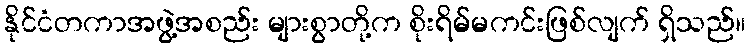
နိုင်ငံတကာအဖွဲ့အစည်း များစွာတို့က စိုးရိမ်မကင်းဖြစ်လျက် ရှိသည်။